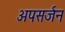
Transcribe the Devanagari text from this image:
अपसर्जन